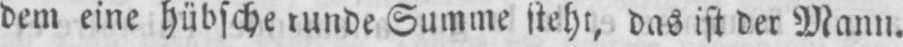
dem eine hübsche runde Summe steht, das ist der Mann.